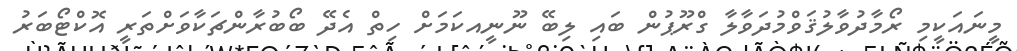
މީނައަކީމި ރޯމާދުވާލުޤަވްމުދަވާލާ ގްރޫޕުން ބައި ލިބޭ ނޫނީއކަމަށް ހިތް އެދޭ ބޯބުރާންޗަކާވަށްތަރީ އޮކްޓޯބަރު